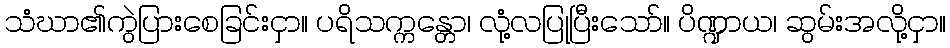
သံဃာ၏ကွဲပြားစေခြင်းငှာ။ ပရိသက္ကန္တော၊ လုံ့လပြုပြီးသော်။ ပိဏ္ဍာယ၊ ဆွမ်းအလို့ငှာ။